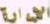
الإدارة